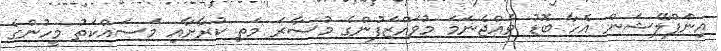
އިންފްލޭޝަން އެހާ ބޮޑު ވެއްޖެނަމަ މުވައްޒަފުންގެ މުސާރަ މަތި ކުރާށާއި މަސައްކަތު މީހުންގެ